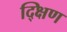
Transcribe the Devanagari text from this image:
द्क्षिण